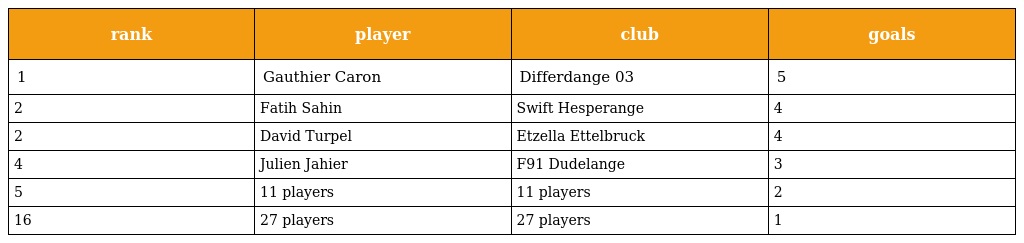
| rank | player | club | goals |
 | --- | --- | --- | --- |
 | 1 | Gauthier Caron | Differdange 03 | 5 |
 | 2 | Fatih Sahin | Swift Hesperange | 4 |
 | 2 | David Turpel | Etzella Ettelbruck | 4 |
 | 4 | Julien Jahier | F91 Dudelange | 3 |
 | 5 | 11 players | 11 players | 2 |
 | 16 | 27 players | 27 players | 1 |